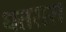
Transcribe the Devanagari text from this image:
धतरारा